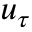
u _ { \tau }